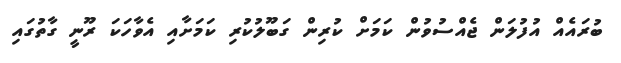
ބުރައެއް އުފުލަން ޖެއްސުވުން ކަމަށް ކުރިން ގަބޫލުކުރި ކަމަށާއި އެވާހަކަ ރޫނީ ގާތުގައި